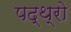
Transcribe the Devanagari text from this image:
पद्थ्रो